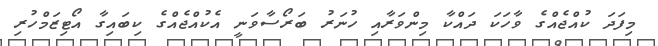
މިފަދަ ކުއްޖެއްގެ ވާހަކަ ދައްކާ މިންވަރާއި ހުނަރު ބަރޯސާވަނީ އެކުއްޖެއްގެ ކިބައިގާ އޯޓިޒަމްހުރި